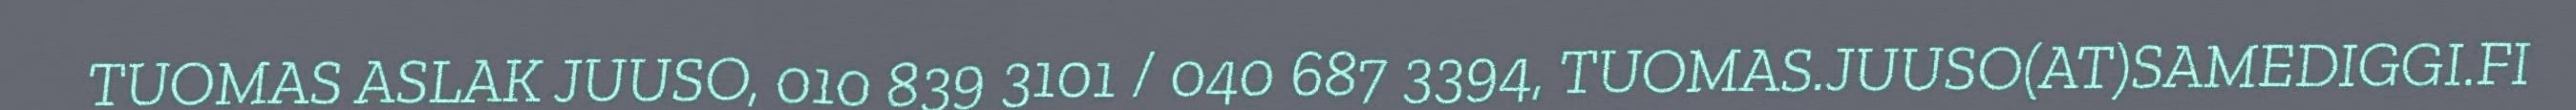
TUOMAS ASLAK JUUSO, 010 839 3101 / 040 687 3394, TUOMAS.JUUSO(AT)SAMEDIGGI.FI